Plague in India, 1896, 1897 - Volume 3
Year: 1896
Disease focus: Plague
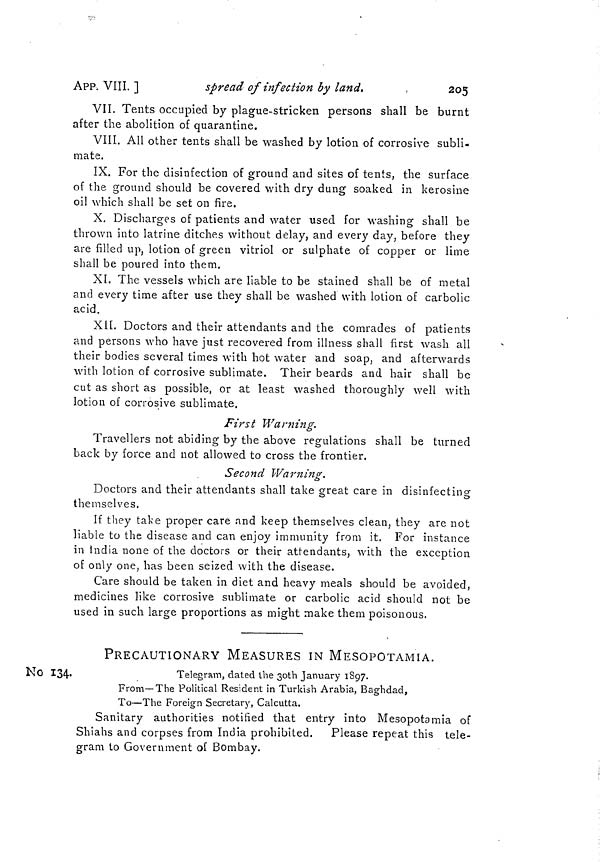
205
APP. VIII. ]
spread of infection by land.
VII. Tents occupied by plague-stricken persons shall be burnt
after the abolition of quarantine.
VIII. All other tents shall be washed by lotion of corrosive subli-
mate.
IX. For the disinfection of ground and sites of tents, the surface
of the ground should be covered with dry dung soaked in kerosine
oil which shall be set on fire.
X. Discharges of patients and water used for washing shall be
thrown into latrine ditches without delay, and every day, before they
are filled up, lotion of green vitriol or sulphate of copper or lime
shall be poured into them.
XI. The vessels which are liable to be stained shall be of metal
and every time after use they shall be washed with lotion of carbolic
acid.
XII. Doctors and their attendants and the comrades of patients
and persons who have just recovered from illness shall first wash all
their bodies several times with hot water and soap, and afterwards
with lotion of corrosive sublimate. Their beards and hair shall be
cut as short as possible, or at least washed thoroughly well with
lotion of corrosive sublimate.
First Warning.
Travellers not abiding by the above regulations shall be turned
back by force and not allowed to cross the frontier.
Second Warning.
Doctors and their attendants shall take great care in disinfecting
>
O
themselves.
If they take proper care and keep themselves clean, they are not
liable to the disease and can enjoy immunity from it. For instance
in India none of the doctors or their attendants, with the exception
of only one, has been seized with the disease.
Care should be taken in diet and heavy meals should be avoided,
medicines like corrosive sublimate or carbolic acid should not be
used in such large proportions as might make them poisonous.
PRECAUTIONARY MEASURES IN MESOPOTAMIA.
No 134.
Telegram, dated the 30th January 1897.
From—The Political Resident in Turkish Arabia, Baghdad,
To—The Foreign Secretary, Calcutta.
Sanitary authorities notified that entry into Mesopotamia of
Shiahs and corpses from India prohibited. Please repeat this tele-
gram to Government of Bombay.